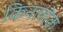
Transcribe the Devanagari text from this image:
किनलोक